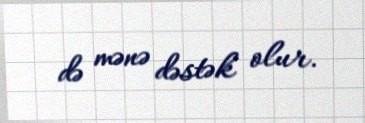
də mənə dəstək olur.